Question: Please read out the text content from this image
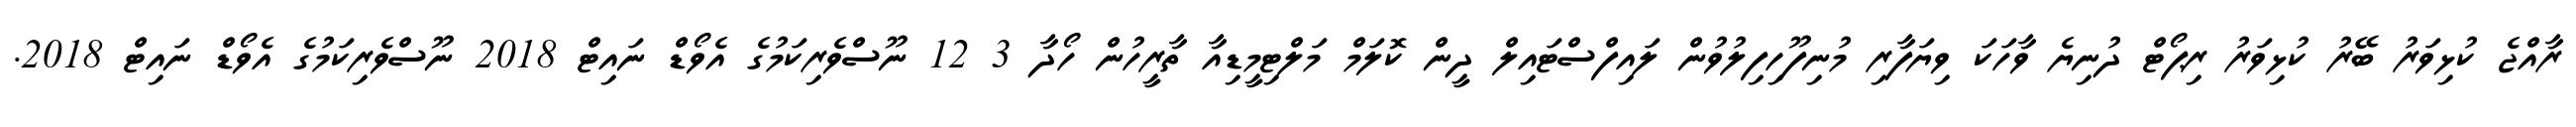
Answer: ރާއްޖެ ކުޅިވަރު ބޭރު ކުޅިވަރު ރިޕޯޓް ދުނިޔެ ވާހަކަ ވިޔަފާރި މުނިފޫހިފިލުވުން ލައިފްސްޓައިލް ދީން ކޮލަމް މަލްޓިމީޑިއާ ތާރީހުން ހޯދާ 3 12 ނޫސްވެރިކަމުގެ އެވޯޑް ނައިޓް 2018 ނޫސްވެރިކަމުގެ އެވޯޑް ނައިޓް 2018.